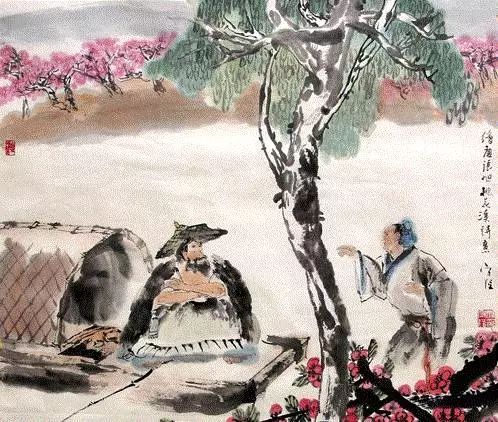
老人七十仍沽酒，千壶百瓮花门口。